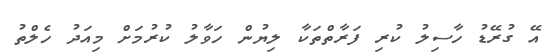
އޭ ގުރޭޑު ހާސިލު ކުރި ފަރާތްތަކާ ލިޔުން ހަވާލު ކުރުމަށް މިއަދު ހެލްތު